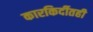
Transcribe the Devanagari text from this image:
कारकिर्दीतही